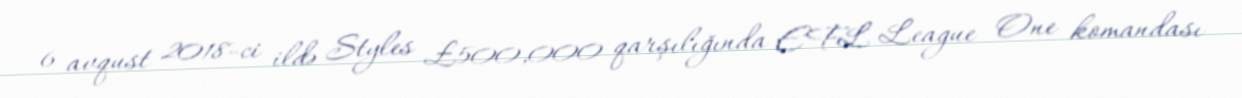
6 avqust 2018-ci ildə Styles £500,000 qarşılığında EFL League One komandası